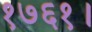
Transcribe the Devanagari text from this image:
१७६१।